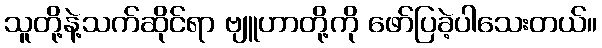
သူတို့နဲ့သက်ဆိုင်ရာ ဗျူဟာတို့ကို ဖော်ပြခဲ့ပါသေးတယ်။